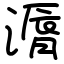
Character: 漘